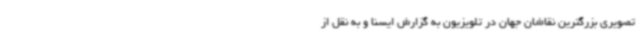
تصویری بزرگترین نقاشان جهان در تلویزیون به گزارش ایسنا و به نقل از